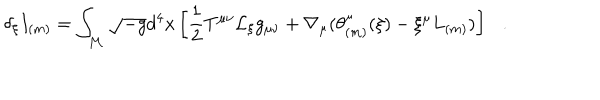
\delta _ { \xi } I _ { ( m ) } = \int _ { \cal M } \sqrt { - g } d ^ { 4 } x \left[ \frac 1 2 T ^ { \mu \nu } { \cal L } _ { \xi } g _ { \mu \nu } + \nabla _ { \mu } ( \theta _ { ( m ) } ^ { \mu } ( \xi ) - \xi ^ { \mu } L _ { ( m ) } ) \right] .